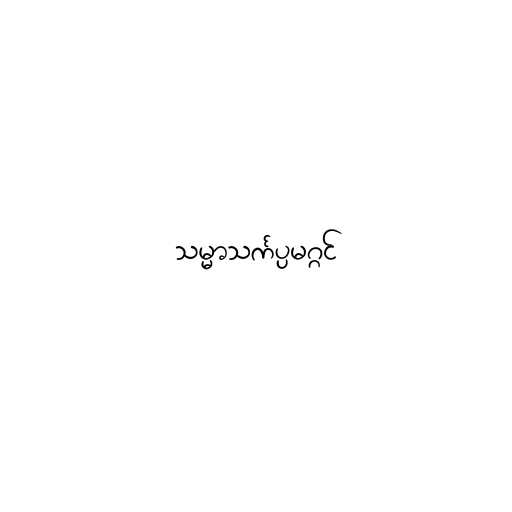
သမ္မာသင်္ကပ္ပမဂ္ဂင်